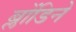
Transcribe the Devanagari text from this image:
ब्लोंडिने